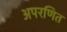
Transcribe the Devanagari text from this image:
अपरणित